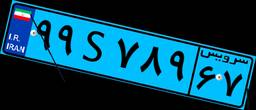
۹۹S۷۸۹۶۷